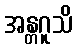
အန္တဂူသိ